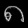
Digit: ၈